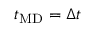
t _ { \mathrm { M D } } = \Delta t